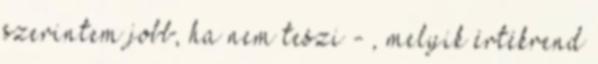
szerintem jobb, ha nem teszi - , melyik értékrend